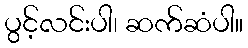
ပွင့်လင်းပါ၊ ဆက်ဆံပါ။